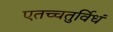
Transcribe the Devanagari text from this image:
एतच्चतुर्विधं